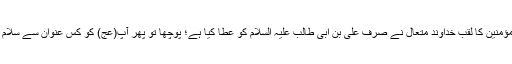
امیر المؤمنین کا لقب خداوند متعال نے صرف علی بن ابی طالب علیہ السلام کو عطا کیا ہے؛ پوچھا تو پھر آپ(عج) کو کس عنوان سے سلام کریں؟